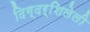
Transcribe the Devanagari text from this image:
दिग्दर्शिलेली